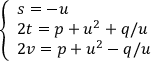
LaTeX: \left\{ { \begin{array} { l } { s = - u } \\ { 2 t = p + u ^ { 2 } + q / u } \\ { 2 v = p + u ^ { 2 } - q / u } \end{array} } \right.